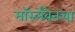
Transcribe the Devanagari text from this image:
मॉर्स्लेबेनचा